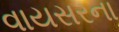
વાયસરના